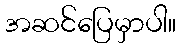
အဆင်ပြေမှာပါ။